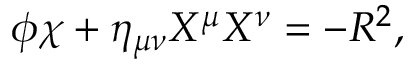
\phi \chi + \eta _ { \mu \nu } X ^ { \mu } X ^ { \nu } = - R ^ { 2 } ,